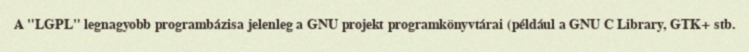
A "LGPL" legnagyobb programbázisa jelenleg a GNU projekt programkönyvtárai (például a GNU C Library, GTK+ stb.